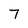
Character: 7